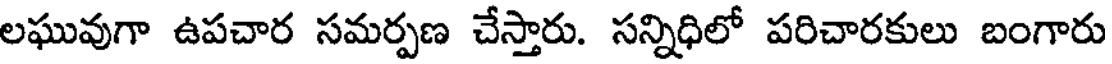
లఘువుగా ఉపచార సమర్పణ చేస్తారు. సన్నిధిలో పరిచారకులు బంగారు